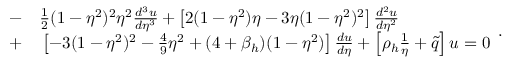
\begin{array} { r l } { { - } } & { { } { { } \frac { 1 } { 2 } ( 1 - \eta ^ { 2 } ) ^ { 2 } \eta ^ { 2 } \frac { d ^ { 3 } u } { d \eta ^ { 3 } } + \left[ 2 ( 1 - \eta ^ { 2 } ) \eta - 3 \eta ( 1 - \eta ^ { 2 } ) ^ { 2 } \right] \frac { d ^ { 2 } u } { d \eta ^ { 2 } } } } \\ { { + } } & { { } { { } \left[ - 3 ( 1 - \eta ^ { 2 } ) ^ { 2 } - \frac { 4 } { 9 } \eta ^ { 2 } + ( 4 + \beta _ { h } ) ( 1 - \eta ^ { 2 } ) \right] \frac { d u } { d \eta } + \left[ \rho _ { h } \frac { 1 } { \eta } + \tilde { q } \right] u = 0 } } \end{array} .